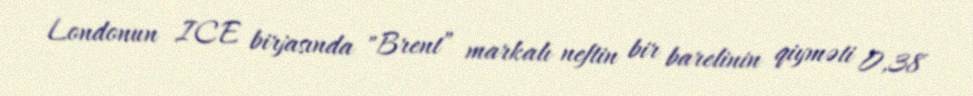
Londonun ICE birjasında "Brent” markalı neftin bir barelinin qiyməti 0,38